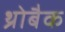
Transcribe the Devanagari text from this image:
थ्रोबैक